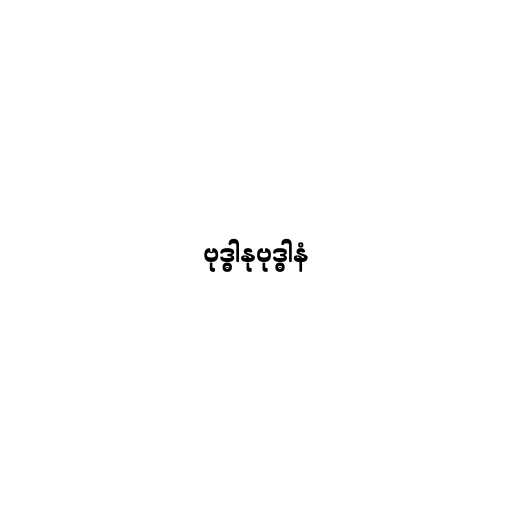
ဗုဒ္ဓါနုဗုဒ္ဓါနံ